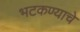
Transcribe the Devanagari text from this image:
भटकण्याचे